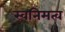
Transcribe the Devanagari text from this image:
स्वनिमत्व